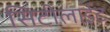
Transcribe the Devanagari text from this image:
सिटीलाईट